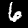
Label: 6